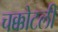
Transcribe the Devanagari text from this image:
चक्कोटली